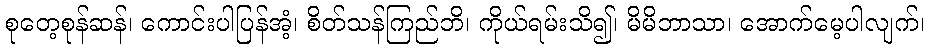
စုတေ့စုန်ဆန်၊ ကောင်းပါပြန်အံ့၊ စိတ်သန်ကြည်ဘိ၊ ကိုယ်ရမ်းသိ၍၊ မိမိဘာသာ၊ အောက်မေ့ပါလျက်၊